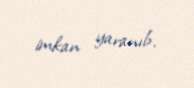
imkan yaranıb.